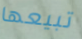
تبيعها